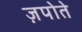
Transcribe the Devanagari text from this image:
ज़पोते